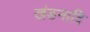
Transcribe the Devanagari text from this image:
खंडनादि